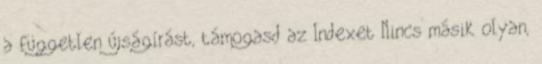
a független újságírást, támogasd az Indexet Nincs másik olyan,